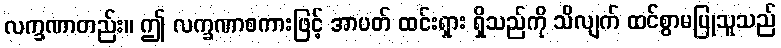
လက္ခဏာတည်း။ ဤ လက္ခဏာစကားဖြင့် အာပတ် ထင်းရှား ရှိသည်ကို သိလျက် ထင်စွာမပြုသူသည်